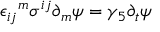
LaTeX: { \epsilon _ { i j } } ^ { m } \sigma ^ { i j } \partial _ { m } \psi = \gamma _ { 5 } \partial _ { t } \psi